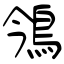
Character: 鳹